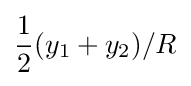
{\frac {1}{2}}(y_{1}+y_{2})/R